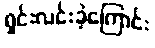
ရှင်းလင်းခဲ့ကြောင်း